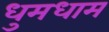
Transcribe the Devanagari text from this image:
धुमधाम